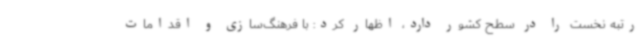
رتبه نخست را در سطح کشور دارد، اظهار کرد: با فرهنگ‌سازی و اقدامات